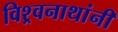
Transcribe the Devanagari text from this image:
विश्र्वनाथांनी